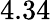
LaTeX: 4.34